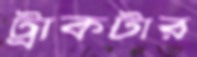
ট্রাকটার